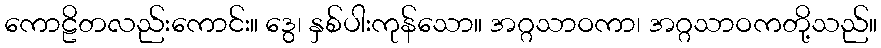
ကောဠိတလည်းကောင်း။ ဒွေ၊ နှစ်ပါးကုန်သော။ အဂ္ဂသာဝကာ၊ အဂ္ဂသာဝကတို့သည်။